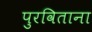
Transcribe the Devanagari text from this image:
पुरविताना